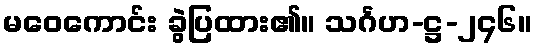
မဝေကောင်း ခွဲပြထား၏။ သင်္ဂဟ-ဋ္ဌ-၂၄၆။